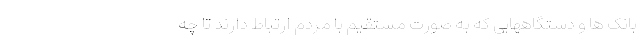
بانک ها و دستگاههایی که به صورت مستقیم با مردم ارتباط دارند تا چه